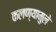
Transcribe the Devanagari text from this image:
कलण्यामुले